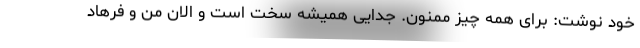
خود نوشت: برای همه چیز ممنون. جدایی همیشه سخت است و الان من و فرهاد